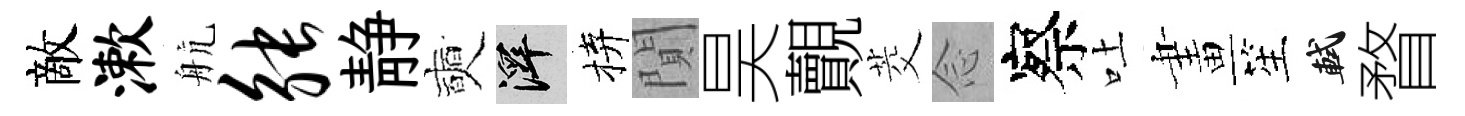
敵漱航觖静奭澤拚閴昊覿茭𫝹察吐畫笙軾瞀